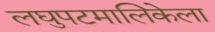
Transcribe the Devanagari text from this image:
लघुपटमालिकेला